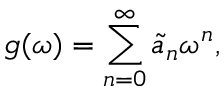
g ( \omega ) = \sum _ { n = 0 } ^ { \infty } \tilde { a } _ { n } \omega ^ { n } ,